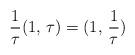
LaTeX: \begin{align*}\frac{1}{\tau}(1,\,\tau)=(1, \,\frac{1}{\tau})\end{align*}